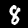
Label: 8